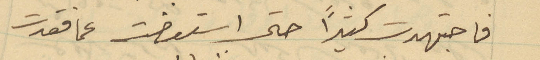
فاجتهدت كثيراً حتى استعضت عما فقدت